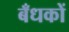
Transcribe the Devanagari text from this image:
बँधकों